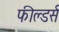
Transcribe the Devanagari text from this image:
फील्डर्स